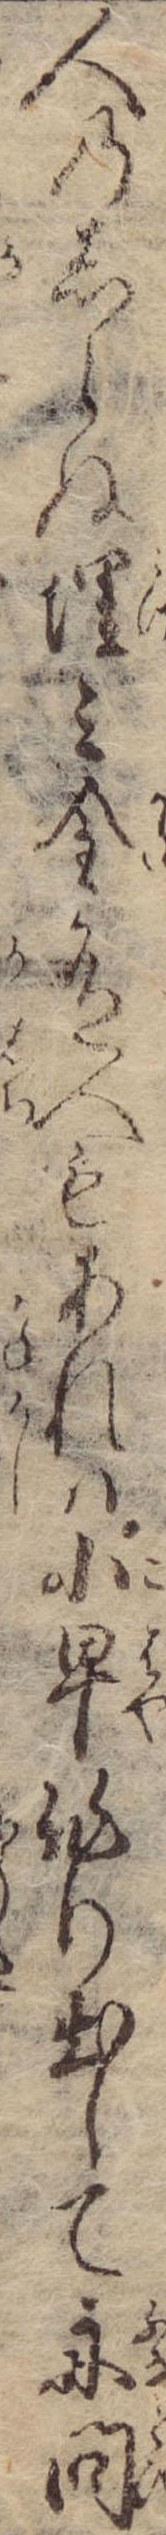
人のしらぬ埋み金有人もあれは小早作り出して舟問